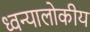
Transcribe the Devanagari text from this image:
ध्वन्यालोकीय